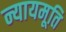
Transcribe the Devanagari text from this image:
न्यायमूति